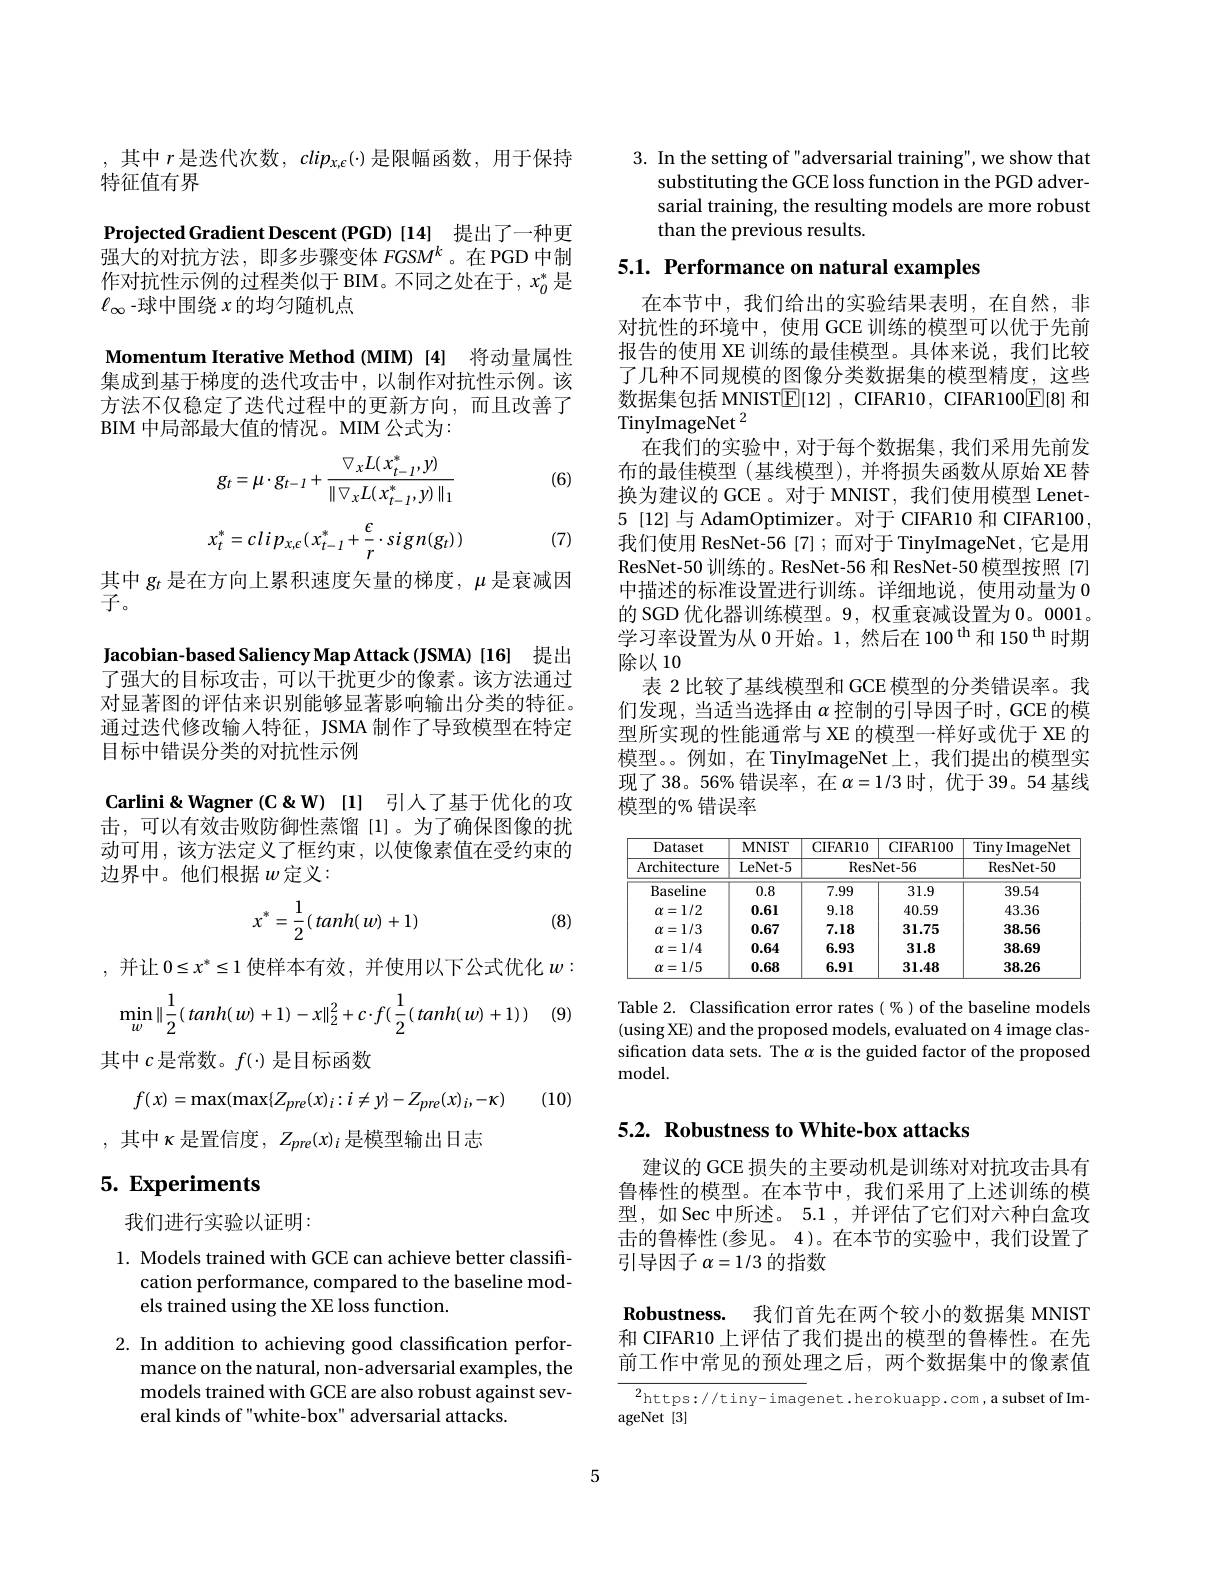
,其中$r$是迭代次数$,clip_x,\epsilon$(-)是限幅函数，用于保持
特征值有界

Projected Gradient Descent (PGD) [14] 提出了一种更强大的对抗方法，即多步骤变体$FGSM^k$。在 PGD 中制作对抗性示例的过程类似于 BIM。不同之处在于，$x_0^*$是$\ell_{\infty}$-球中围绕$x$的均匀随机点

Momentum Iterative Method (MIM) [4] 将动量属性集成到基于梯度的迭代攻击中，以制作对抗性示例。该方法不仅稳定了迭代过程中的更新方向，而且改善了BIM 中局部最大值的情况。MIM 公式为：

(6)
$$g_{t}=\mu\cdot g_{t-1}+\frac{\bigtriangledown_{x}L(x_{t-1}^{*},y)}{\|\bigtriangledown_{x}L(x_{t-1}^{*},y)\|_{1}}\\x_{t}^{*}=cl\:i\:p_{x,\epsilon}(\:x_{t-1}^{*}+\frac{\epsilon}{r}\cdot si\:g\:n(g_{t})\:)$$
(7)

其中$g_t$是在方向上累积速度矢量的梯度，$\mu$是衰减因
子。

Jacobian-based Saliency Map Attack (JSMA) [16] 提出

了强大的目标攻击，可以干扰更少的像素。该方法通过对显著图的评估来识别能够显著影响输出分类的特征。通过迭代修改输入特征，JSMA 制作了导致模型在特定目标中错误分类的对抗性示例

Carlini&Wagner(C&W)[l] 引人了基于优化的攻击，可以有效击败防御性蒸馏[1]。为了确保图像的扰动可用，该方法定义了框约束，以使像素值在受约束的边界中。他们根据$w$定义：
$$x^*=\frac{1}{2}(tanh(w)+1)$$
(8)

,并让$0\leq x^*\leq1$使样本有效，并使用以下公式优化$w:$
$$\min_w\|\dfrac{1}{2}(\:tanh(\:w)+1)-x\|_2^2+c\cdot f(\dfrac{1}{2}(\:tanh(\:w)+1)\:)$$
1 (9)

(10)

其中$c$是常数。$f(\cdot)$是目标函数
$$f(x)=\max(\max\{Z_{pre}(x)_{i}:i\neq y\}-Z_{pre}(x)_{i},-\kappa)$$
,其中$\kappa$是置信度$,Z_pre(x)_i$是模型输出日志

# 5. Experiments

我们进行实验以证明：

l. Models trained with GCE can achieve better classifi-
cation performance, compared to the baseline mod-
els trained using the XE loss function.

2. In addition to achieving good classification perfor-
mance on the natural, non-adversarial examples, the models trained with GCE are also robust against several kinds of "white-box" adversarial attacks.

3. In the setting of "adversarial training", we show that
substituting the GCE loss function in the PGD adversarial training, the resulting models are more robust than the previous results.

5.1. Performance on natural examples

在本节中，我们给出的实验结果表明，在自然，非对抗性的环境中，使用 GCE 训练的模型可以优于先前报告的使用 XE 训练的最佳模型。具体来说，我们比较了几种不同规模的图像分类数据集的模型精度，这些数据集包括 MNIST$\boxed{\mathbb{E}}[12]$, CIFAR10, CIFAR100$\boxed{\mathbb{E}}[8]$和TinyImageNet $^2$
在我们的实验中，对于每个数据集，我们采用先前发布的最佳模型(基线模型),并将损失函数从原始 XE 替换为建议的 GCE 。对于 MNIST, 我们使用模型 Lenet- 5 [12] 与 AdamOptimizer。对于 CIFAR10 和 CIFAR100我们使用 ResNet-56 [7] ;而对于 TinyImageNet, 它是用ResNet-50 训练的。ResNet-56 和 ResNet-50 模型按照 [7] 中描述的标准设置进行训练。详细地说，使用动量为 0的 SGD 优化器训练模型。9, 权重衰减设置为0。0001。学习率设置为从 $0\text{ 开始。1,然后在 100}^\mathrm{th}$和 150$^\mathrm{th}$时期除以10
表 2 比较了基线模型和 GCE 模型的分类错误率。我们发现，当适当选择由$\alpha$控制的引导因子时，GCE 的模型所实现的性能通常与 XE 的模型一样好或优于 XE 的模型。。例如，在 TinyImageNet上，我们提出的模型实现了38。56%错误率，在$\alpha=1/3$时，优于 39。54 基线模型的% 错误率

<table>
	<tbody>
		<tr>
			<th rowspan="2">Dataset Architecture</th>
			<th rowspan="2">$\mathbf{MNIST}$ LeNet- 5</th>
			<th>CIFAR10</th>
			<th>CIFAR100</th>
			<th rowspan="2">Tiny ImageNet ResNet- 50</th>
		</tr>
		<tr>
			<th colspan="2">ResNet- 56</th>
		</tr>
		<tr>
			<td>Baseline</td>
			<td>0.8</td>
			<td>7.99</td>
			<td>31.9</td>
			<td>39.54</td>
		</tr>
		<tr>
			<td>$\alpha=1/2$</td>
			<td>0.61</td>
			<td>9.18</td>
			<td>40.59</td>
			<td>43.36</td>
		</tr>
		<tr>
			<td>$\alpha=1/3$</td>
			<td>0.67</td>
			<td>7.18</td>
			<td>31.75</td>
			<td>38.56</td>
		</tr>
		<tr>
			<td>$\alpha=1/4$</td>
			<td>0.64</td>
			<td>6.93</td>
			<td>31.8</td>
			<td>38.69</td>
		</tr>
		<tr>
			<td>$\alpha=1/5$</td>
			<td>0.68</td>
			<td>6.91</td>
			<td>31.48</td>
			<td>38.26</td>
		</tr>
	</tbody>
</table>

Table 2. Classification error rates (%) of the baseline models (using XE) and the proposed models, evaluated on 4 image classification data sets. The $\alpha$ is the guided factor of the proposed ${\mathrm{model}}.$

5.2. Robustness to White-box attacks

建议的 GCE 损失的主要动机是训练对对抗攻击具有鲁棒性的模型。在本节中，我们采用了上述训练的模型，如 Sec 中所述。5.1 , 并评估了它们对六种白盒攻击的鲁棒性(参见。4)。在本节的实验中，我们设置了引导因子$\alpha=1/3$的指数

Robustness. 我们首先在两个较小的数据集 MNIST 和 CIFAR10 上评估了我们提出的模型的鲁棒性。在先前工作中常见的预处理之后，两个数据集中的像素值

${\frac{2\mathrm{https://tiny-imag}}{\mathrm{enet.herokuapp.com,a~subset~of~Im-}}}$
ageNet [3]

5